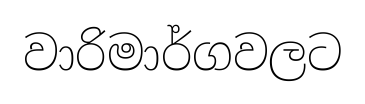
වාරිමාර්ගවලට